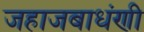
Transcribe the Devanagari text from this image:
जहाजबाधंणी